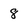
Character: 8